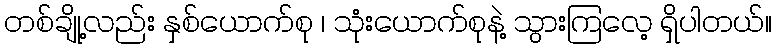
တစ်ချို့လည်း နှစ်ယောက်စု ၊ သုံးယောက်စုနဲ့ သွားကြလေ့ ရှိပါတယ်။